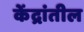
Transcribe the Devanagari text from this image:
केंद्रांतील